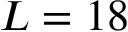
L = 1 8